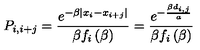
P _ { i , i + j } = \frac { e ^ { - \beta \left| x _ { i } - x _ { i + j } \right| } } { \beta f _ { i } \left( \beta \right) } = \frac { e ^ { - \frac { \beta d _ { i , j } } { a } } } { \beta f _ { i } \left( \beta \right) }